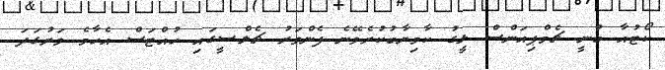
ކޯޓުއާ ބުނީ ޗެމްޕިއަންސް ލީގު ކާމިޔާބުކުރެވޭނެ ފެންވަރު ޗެލްސީގައި ހުއްޓަސް އެހާމެ ވަރުގަދަ